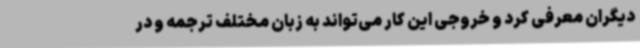
دیگران معرفی کرد و خروجی این کار می‌تواند به زبان مختلف ترجمه و در